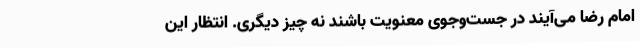
امام رضا می‌آیند در جست‌وجوی معنویت باشند نه چیز دیگری. انتظار این